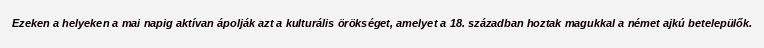
Ezeken a helyeken a mai napig aktívan ápolják azt a kulturális örökséget, amelyet a 18. században hoztak magukkal a német ajkú betelepülők.